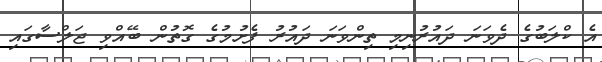
އެ ކްލަބުގެ ދެވަނަ ދައުރުނިމި ތިންވަނަ ދައުރު ފެށުމުގެ ގޮތުން ބޭއްވި ޖަލްސާގައި